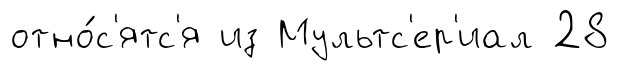
отно́с'ятс'я из Мультс'ер'иал 28